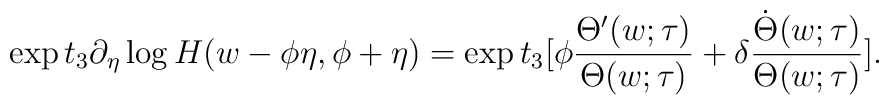
\exp t_3 \partial_\eta \log H(w-\phi\eta, \phi + \eta) =\exp t_3[\phi \frac{\Theta'(w;\tau)}{\Theta(w;\tau)} +        \delta \frac{\dot{\Theta}(w;\tau)}{\Theta(w;\tau)}].